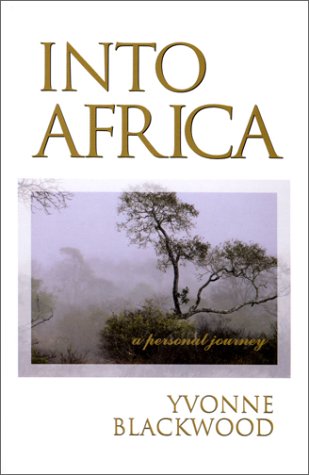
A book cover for Into Africa : A Personal Journey; Yvonne Blackwood; Travel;